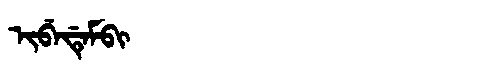
Manchu: ᡳᠪᡝᡩᡝᠮᠪᡳ
Romanization: IBEDEMBI